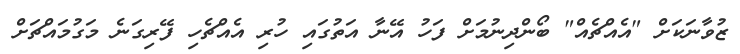
ޒުވާނަކަށް "އެއްޗެއް" ބޯންދިނުމަށް ފަހު އޭނާ އަތުގައި ހުރި އެއްޗެހި ފޭރިގަނެ މަގުމައްޗަށް